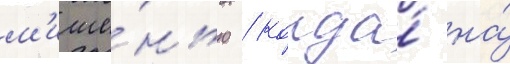
м'ише́нью / когда́ на́